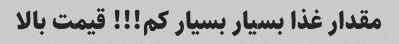
مقدار غذا بسیار بسیار کم!!! قیمت بالا